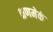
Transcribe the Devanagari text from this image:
क्षणमेकं